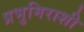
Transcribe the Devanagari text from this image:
प्रभुमिराशी